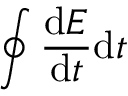
\oint \frac { \mathrm { d } E } { \mathrm { d } t } \mathrm { d } t